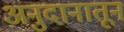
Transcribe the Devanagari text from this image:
अनुदानातून